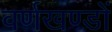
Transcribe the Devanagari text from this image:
वर्णखण्डों